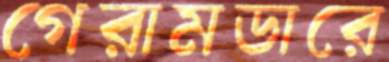
গেরামডারে